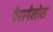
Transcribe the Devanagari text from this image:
पैरागेलोस